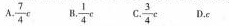
A.\frac{7}{4}c B.\frac{1}{4}c C.\frac{3}{4}c D.c